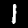
Digit: 1